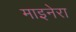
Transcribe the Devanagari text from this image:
माइनेरा